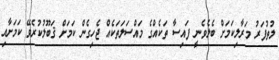
ލުތުފަރު މަރާލިކަމަށް ބެލެވެނީ ފައިސާ ތަކެއްގެ މައްސަލަތަކެއް ޖެހިގެން ކަމަށް ޤަބޫލުކުރެވޭ ކަމަށާއި